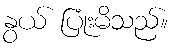
နွယ် ပြုံးမိသည်။